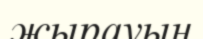
жырауын